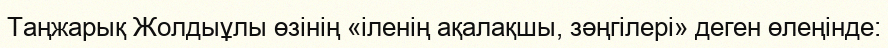
Таңжарық Жолдыұлы өзінің «іленің ақалақшы, зәңгілері» деген өлеңінде: